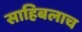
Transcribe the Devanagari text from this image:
साहिबलाच